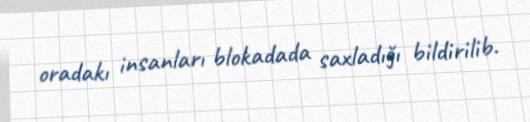
oradakı insanları blokadada saxladığı bildirilib.